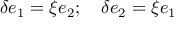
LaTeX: \delta e _ { 1 } = \xi e _ { 2 } ; \quad \delta e _ { 2 } = \xi e _ { 1 }